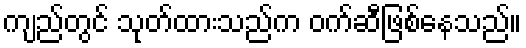
ကျည်တွင် သုတ်ထားသည်က ဝက်ဆီဖြစ်နေသည်။